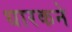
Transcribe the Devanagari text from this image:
धारकने